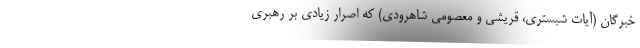
خبرگان (آیات شبستری، قریشی و معصومی شاهرودی) که اصرار زیادی بر رهبری